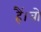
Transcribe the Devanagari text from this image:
हैं।वो